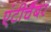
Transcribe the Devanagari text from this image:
एंटीचैंबर